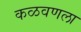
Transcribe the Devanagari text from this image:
कळवणला